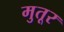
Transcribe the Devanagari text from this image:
मुतूर